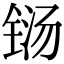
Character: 铴